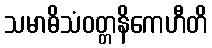
သမာဓိသံဝတ္တနိကေဟီတိ